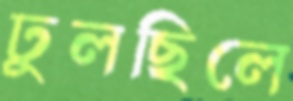
ঢুলছিলে